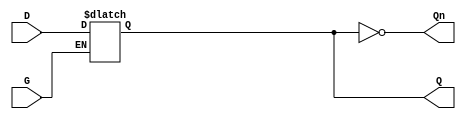
module gated_latch (
    input wire D,      // Data input
    input wire G,      // Enable signal
    output reg Q,      // Output
    output wire Qn     // Complement of output
);

// Assigning the complement of Q to Qn
assign Qn = ~Q;

// Always block sensitive to the enable signal
always @(*) begin
    if (G) begin
        Q = D; // When G is high, output follows input D
    end
    // When G is low, Q retains its previous value (latch behavior)
end

endmodule